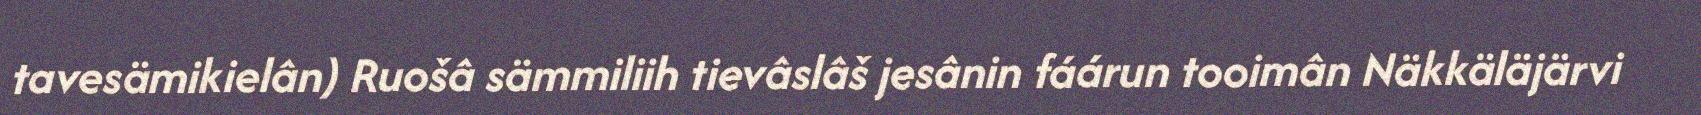
tavesämikielân) Ruošâ sämmiliih tievâslâš jesânin fáárun tooimân Näkkäläjärvi